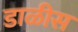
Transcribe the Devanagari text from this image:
डाळीस